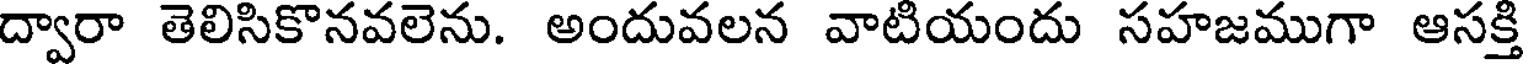
ద్వారా తెలిసికొనవలెను. అందువలన వాటియందు సహజముగా ఆసక్తి